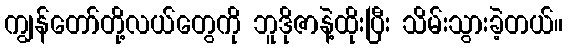
ကျွန်တော်တို့လယ်တွေကို ဘူဒိုဇာနဲ့ထိုးပြီး သိမ်းသွားခဲ့တယ်။